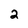
Character: 2